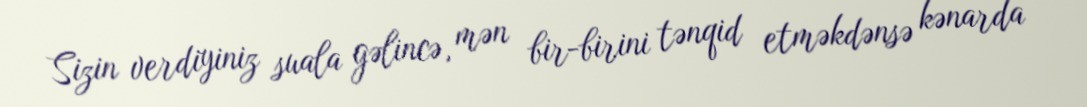
Sizin verdiyiniz suala gəlincə, mən bir-birini tənqid etməkdənsə kənarda